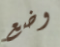
وضع